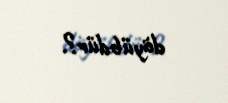
döyübdür?.